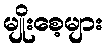
မျိုးစေ့များ